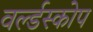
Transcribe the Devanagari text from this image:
वर्ल्डस्कोप